Civil Veterinary Department Bihar & Orissa reports 1929-36 - 1929-1936
Year: 1929
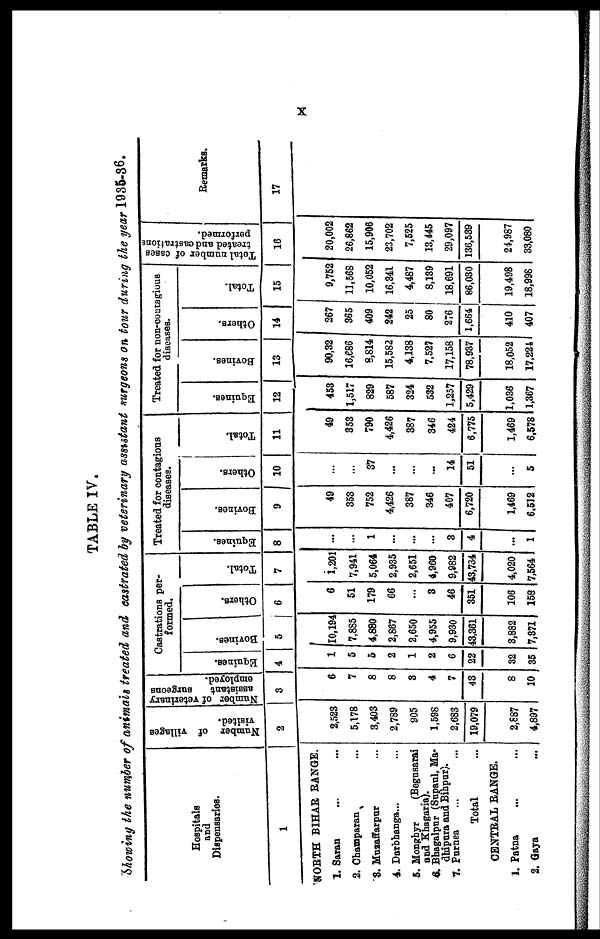
x
TABLE IV.
Showing the number of animals treated and castrated by veterinary assistant surgeons on tour during the year 1935-36.
Hospitals
and
Dispensaries.
1
NORTH BIHAR RANGE.
1. Saran ... ...
2. Champaran ...
3. Muzaffarpur ...
4. Darbhanga... ...
5. Monghyr Begusarai
and Khagaria).
6 Bhagalpur (Supaul, Ma-
dhipura and Bihpur).
7. Purnea ... ...
Total ...
CENTRAL RANGE.
1. Patna ... ...
2. Gaya ...
Number of villages
visited.
2
2,523
5,178
3,403
2,789
905
1,598
2,683
19,079
2,887
4,897
Number of veterinary
assistant
Burgeons
employed.
3
6
7
8
8
3
4
4
43
8
10
Castrations per-
formed.
Equines.
4
1
5
5
2
1
2
6
22
32
35
Bovines.
5
10,194
7,885
4,880
2,867
2,650
4,955
9,930
43,361
3,882
7,371
Others.
6
6
51
179
66
...
3
46
351
106
158
Total.
7
1,201
7,941
5,064
2,935
2,651
4,960
9,982
43,734
4,020
7,564
Treated for contagions
diseases.
Equines.
8
...
...
1
...
...
...
3
4
...
1
Bovines.
9
49
353
752
4,426
387
346
407
6,720
1,469
6,512
Others.
10
...
...
37
...
...
...
14
51
...
5
Total.
11
49
353
790
4,426
387
346
424
6,775
1,469
6,578
Treated for non-contagious
diseases.
Equines.
12
453
1,517
829
587
324
532
1,257
5,429
1,036
1,367
Bovines.
13
90,32
16,686
8,814
15,582
4,138
7,527
17,158
78,937
18,052
17,224
Others.
14
267
365
409
242
25
80
276
1,664
410
407
Total.
15
9,752
11,568
10,052
16,341
4,487
8,139
18,691
86,030
19,498
18,998
Total number of cases
treated and castrations
performed.
16
20,002
26,862
15,906
23,702
7,525
13,445
29,097
136,539
24,987
33,080
Remarks.
17